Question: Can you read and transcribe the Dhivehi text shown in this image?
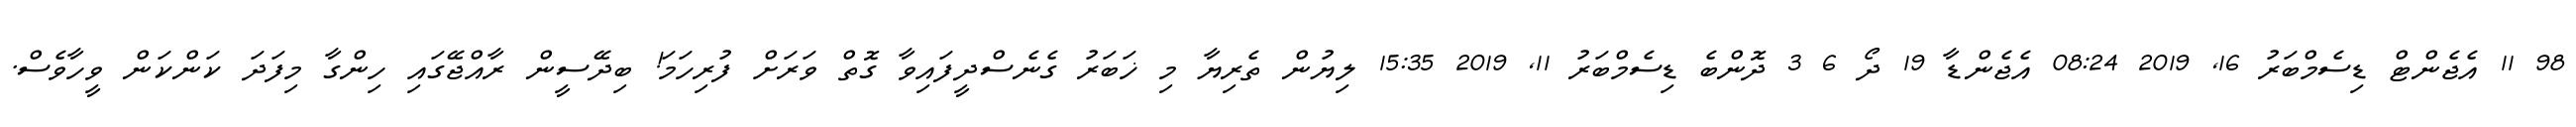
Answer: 98 11 އެޖެންޓް ޑިސެމްބަރު 16, 2019 08:24 އެޖެންޑާ 19 ދޯ 6 3 ދޮންބެ ޑިސެމްބަރު 11, 2019 15:35 ލިޔުން ތެރިޔާ މި ޚަބަރު ގެނެސްދީފައިވާ ގޮތް ވަރަށް ފުރިހަމަ! ބިދޭސީން ރާއްޖޭގައި ހިންގާ މިފަދަ ކަންކަން ވީހާވެސް.